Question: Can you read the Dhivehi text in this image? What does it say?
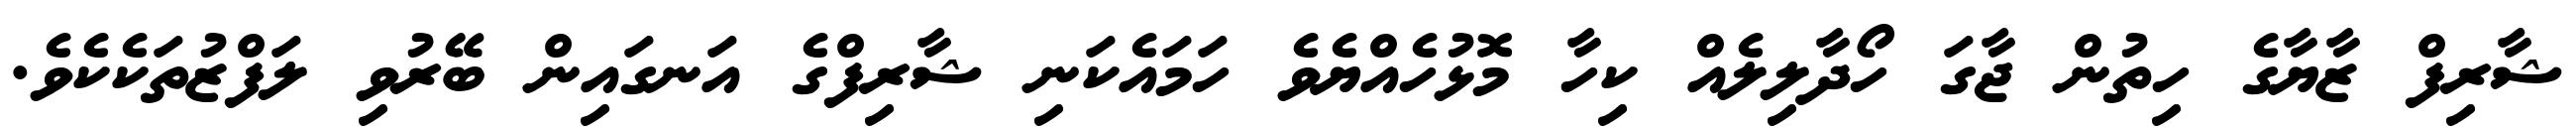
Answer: ޝާރިފް ޒާޔާގެ ހިތުން ޖާގަ ހޯދާލިލެއް ކިހާ މޮޅުހެއްޔެވެ ހަމައެކަނި ޝާރިފްގެ އަނގައިން ބޭރުވި ލަފްޒުތަކެކެވެ.